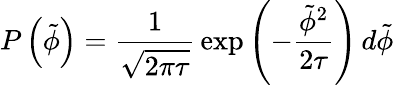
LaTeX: P\left(\tilde{\phi}\right)=\frac{1}{\sqrt{2\pi\tau}}\, \exp\left(-\frac{\tilde{\phi}^{2}}{2\tau}\right)\, d\tilde{\phi}